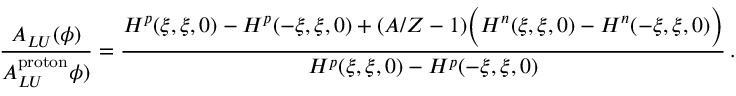
\frac { A _ { L U } ( \phi ) } { A _ { L U } ^ { \mathrm { p r o t o n } } \phi ) } = \frac { H ^ { p } ( \xi , \xi , 0 ) - H ^ { p } ( - \xi , \xi , 0 ) + ( A / Z - 1 ) \Big ( H ^ { n } ( \xi , \xi , 0 ) - H ^ { n } ( - \xi , \xi , 0 ) \Big ) } { H ^ { p } ( \xi , \xi , 0 ) - H ^ { p } ( - \xi , \xi , 0 ) } \, .